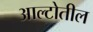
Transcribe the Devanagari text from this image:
आल्टोतील